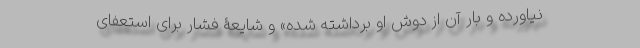
نیاورده و بار آن از دوش او برداشته شده» و شایعۀ فشار برای استعفای